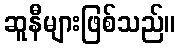
ဆူနီများဖြစ်သည်။